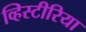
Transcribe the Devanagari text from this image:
व्हिस्टीरिया